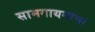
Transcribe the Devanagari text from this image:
सामगायनाचा